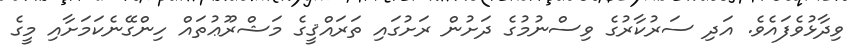
ވިދާޅުވެފައެވެ. އަދި ސަރުކާރުގެ ވިސްނުމުގެ ދަށުން ރަށުގައި ތަރައްޤީގެ މަޝްރޫޢުތައް ހިންގޭނެކަމަށާއި މީގެ